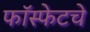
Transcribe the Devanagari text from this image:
फॉस्फेटचे